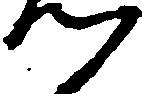
つ